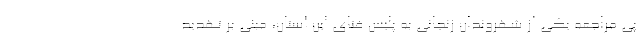
پی مراجعه یکی از شهروندان زنجانی به پلیس فتای این استان، مبنی بر تهدید